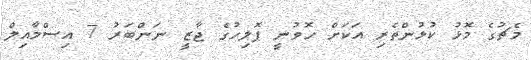
މެޗުގެ މޮޅު ކުޅުންތެރި އަކަށް ހޮވުނީ ޕޮލިހުގެ ޖާޒީ ނަންބަރު 7 އިސްމާއިލް